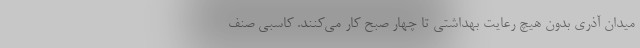
میدان آذری بدون هیچ رعایت بهداشتی تا چهار صبح کار می‌کنند. کاسبی صنف